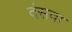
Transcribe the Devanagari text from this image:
दंसवा